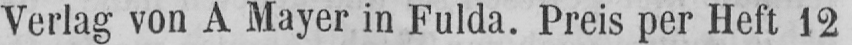
Verlag von A Mayer in Fulda. Preis per Heft 12